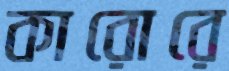
কারোরে